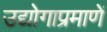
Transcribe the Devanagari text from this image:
उद्योगाप्रमाणें